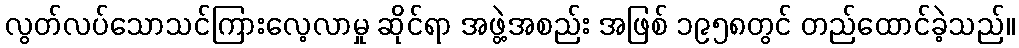
လွတ်လပ်သောသင်ကြားလေ့လာမှု ဆိုင်ရာ အဖွဲ့အစည်း အဖြစ် ၁၉၅၈တွင် တည်ထောင်ခဲ့သည်။